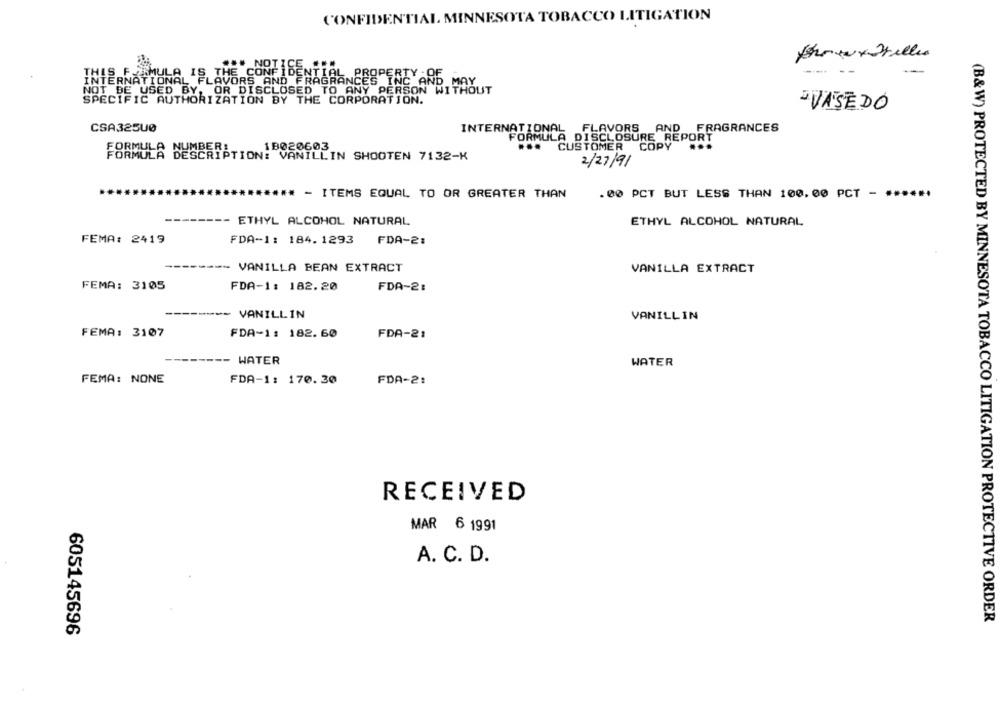
CONFIDENTIAL MINNESOTA TOBACCO LITIGATION
*** NOTICE ***
--
THIS FORMULA IS THE CONFIDENTIAL PROPERTY -OF
INTERNATIONAL FLAVORS AND FRAGRANCES INC AND MAY
NOT BE USED BY, OR DISCLOSED TO ANY PERSON WITHOUT
SPECIFIC AUTHORIZATION BY THE CORPORATION.
·VASEDO
INTERNATIONAL FLAVORS AND FRAGRANCES
CSA325U0
FORMULA DISCLOSURE REPORT
18020603
...
CUSTOMER
COPY
NUMBER!
FORMULA DESCRIPTION: VANILLIN SHOOTEN 7132-K
2/27/91
- ITEMS EQUAL TO OR GREATER THAN
. 00 PCT BUT LESS THAN 100. 00 PCT - ......
ETHYL ALCOHOL NATURAL
ETHYL ALCOHOL NATURAL
FEMA: 2419
FDA-1: 184. 1293
FDA-2:
VANILLA BEAN EXTRACT
VANILLA EXTRACT
FEMA: 3105
FDA-1: 182.20
FDA-2:
-
VANILLIN
VANILLIN
FEMA: 3107
FDA-1: 182.60
FDA-21
WATER
WATER
FEMA: NONE
FDA-1: 170.30
FDA-2:
RECEIVED
MAR 6 1991
A. C. D.
(B&W) PROTECTED BY MINNESOTA TOBACCO LITIGATION PROTECTIVE ORDER
605145696